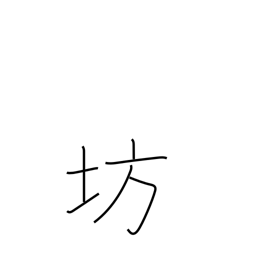
Meaning: boy